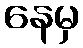
နေမှ